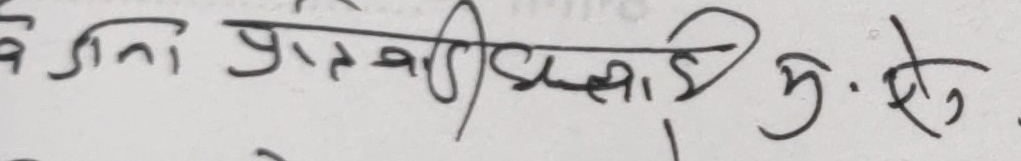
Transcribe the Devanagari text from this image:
गना प्रतवाडी गं. सु.